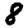
Digit: 8